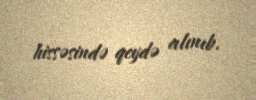
hissəsində qeydə alınıb.